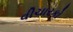
વીચારકો